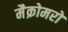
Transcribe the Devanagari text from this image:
मैक्रोमरों